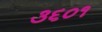
૩૬૦૧